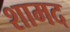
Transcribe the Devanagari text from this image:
शामद